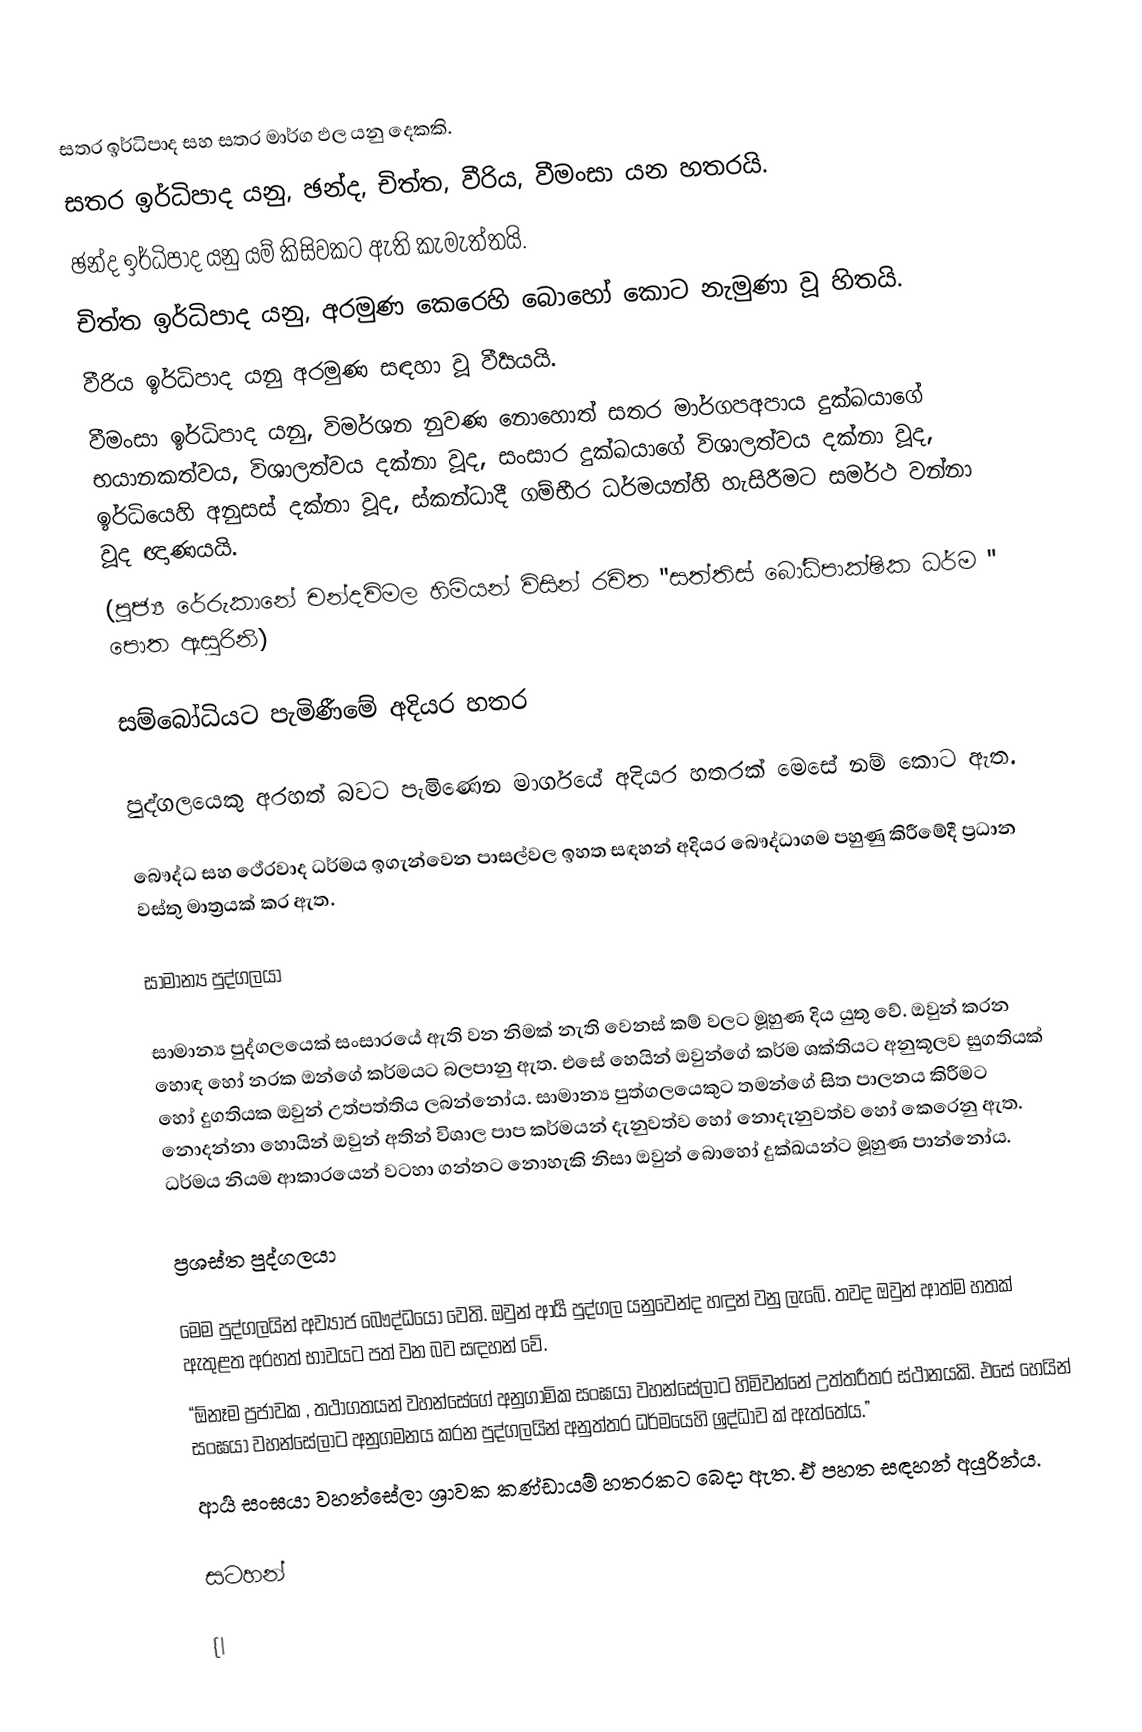
සතර ඉර්ධිපාද සහ සතර මාර්ග ඵල යනු දෙකකි.
සතර ඉර්ධිපාද යනු, ඡන්ද, චිත්ත, වීරිය, වීමංසා යන හතරයි.
    ඡන්ද ඉර්ධිපාද යනු යම් කිසිවකට ඇති කැමැත්තයි.
    චිත්ත ඉර්ධිපාද ‍යනු, අරමුණ කෙරෙහි බොහෝ කොට නැමුණා වූ හිතයි.
   වීරිය ඉර්ධිපාද යනු අරමුණ සඳහා වූ වීර්‍යයයි.
   වීමංසා ඉර්ධිපාද යනු, විමර්ශන නුවණ නොහොත් සතර මාර්ගපඅපාය දුක්ඛයාගේ භයානකත්වය, විශාලත්වය දක්නා වූද, සංසාර දුක්ඛයාගේ විශාලත්වය දක්නා වූද, ඉර්ධියෙහි අනුසස් දක්නා වූද,  ස්කන්ධාදී ගම්භීර ධර්මයන්හි හැසිරීමට සමර්ථ  වන්නා වූද ඥාණයයි.
(පූජ්‍ය රේරුකානේ චන්දවිමල හිමියන් විසින් රචිත "සත්තිස් බෝධිපාක්ෂික ධර්ම " පොත ඇසුරිනි)

සම්බෝධියට  පැමිණීමේ අදිය‍ර හතර

පුද්ගලයෙකු අරහත් බවට පැමිණෙන මාර්ගයේ අදියර හතරක් මෙසේ නම් කොට ඇත.

බෞද්ධ සහ ථේරවාද ධර්මය ඉගැන්වෙන පාසල්වල ඉහත සඳහන් අදියර බෞද්ධාගම පහුණු කිරීමේදී ප්‍රධාන වස්තු මාත්‍රයක් කර ඇත.

සාමාන්‍ය පුද්ගලයා

සාමාන්‍ය පුද්ගලයෙක් සංසාරයේ ඇති වන නිමක් නැති වෙනස් කම් වලට මූහුණ දිය යුතු වේ. ඔවුන් කරන හොඳ හෝ නරක ඔන්ගේ කර්මයට බලපානු ඇත. එසේ හෙයින් ඔවුන්ගේ කර්ම ශක්තියට අනුකූලව සුගතියක් හෝ දුගතියක ඔවුන් උත්පත්තිය ලබන්නෝය. සාමාන්‍ය පුත්ගලයෙකුට තමන්ගේ සිත පාලනය කිරීමට නොදන්නා හොයින් ඔවුන් අතින් විශාල පාප කර්මයන් දැනුවත්ව හෝ නොදැනුවත්ව හෝ කෙරෙනු ඇත. ධර්මය නියම ආකාරයෙන් වටහා ගන්නට නොහැකි නිසා ඔවුන් බොහෝ දුක්ඛයන්ට මූහුණ පාන්නෝය.

ප්‍රශස්ත පුද්ගලයා

මෙම පුද්ගලයින් අව්‍යාජ බෞද්ධයෝ වෙති. ඔවුන් ආර්‍ය පුද්ගල යනුවෙන්ද හඳුන් වනු ලැබේ. තවද ඔවුන් ආත්ම හතක් ඇතුළත අරහත් භාවයට පත් වන බව සඳහන් වේ.
“ඕනෑම ප්‍රජාවක ‚ තථාගතයන් වහන්සේගේ අනුගාමික සංඝයා වහන්සේලාට හිමිවන්නේ උත්තරීතර ස්ථානයකි. එසේ හෙයින් සංඝයා වහන්සේලාට අනුගමනය කරන පුද්ගලයින් අනුත්තර ධර්මයෙහි ශ්‍රද්ධාව ක් ඇත්තේය.”
ආර්‍ය සංඝයා වහන්සේලා ශ්‍රාවක කණ්ඩායම් හතරකට බෙදා ඇත. ඒ පහත සඳහන් අයුරින්ය.

සටහන්

{|